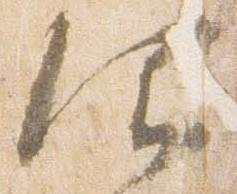
仰